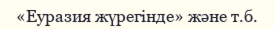
«Еуразия жүрегінде» және т.б.